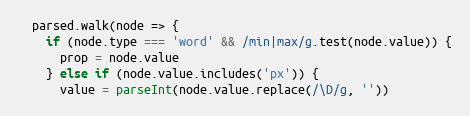
Language: JavaScript
  parsed.walk(node => {
    if (node.type === 'word' && /min|max/g.test(node.value)) {
      prop = node.value
    } else if (node.value.includes('px')) {
      value = parseInt(node.value.replace(/\D/g, ''))